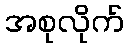
အစုလိုက်